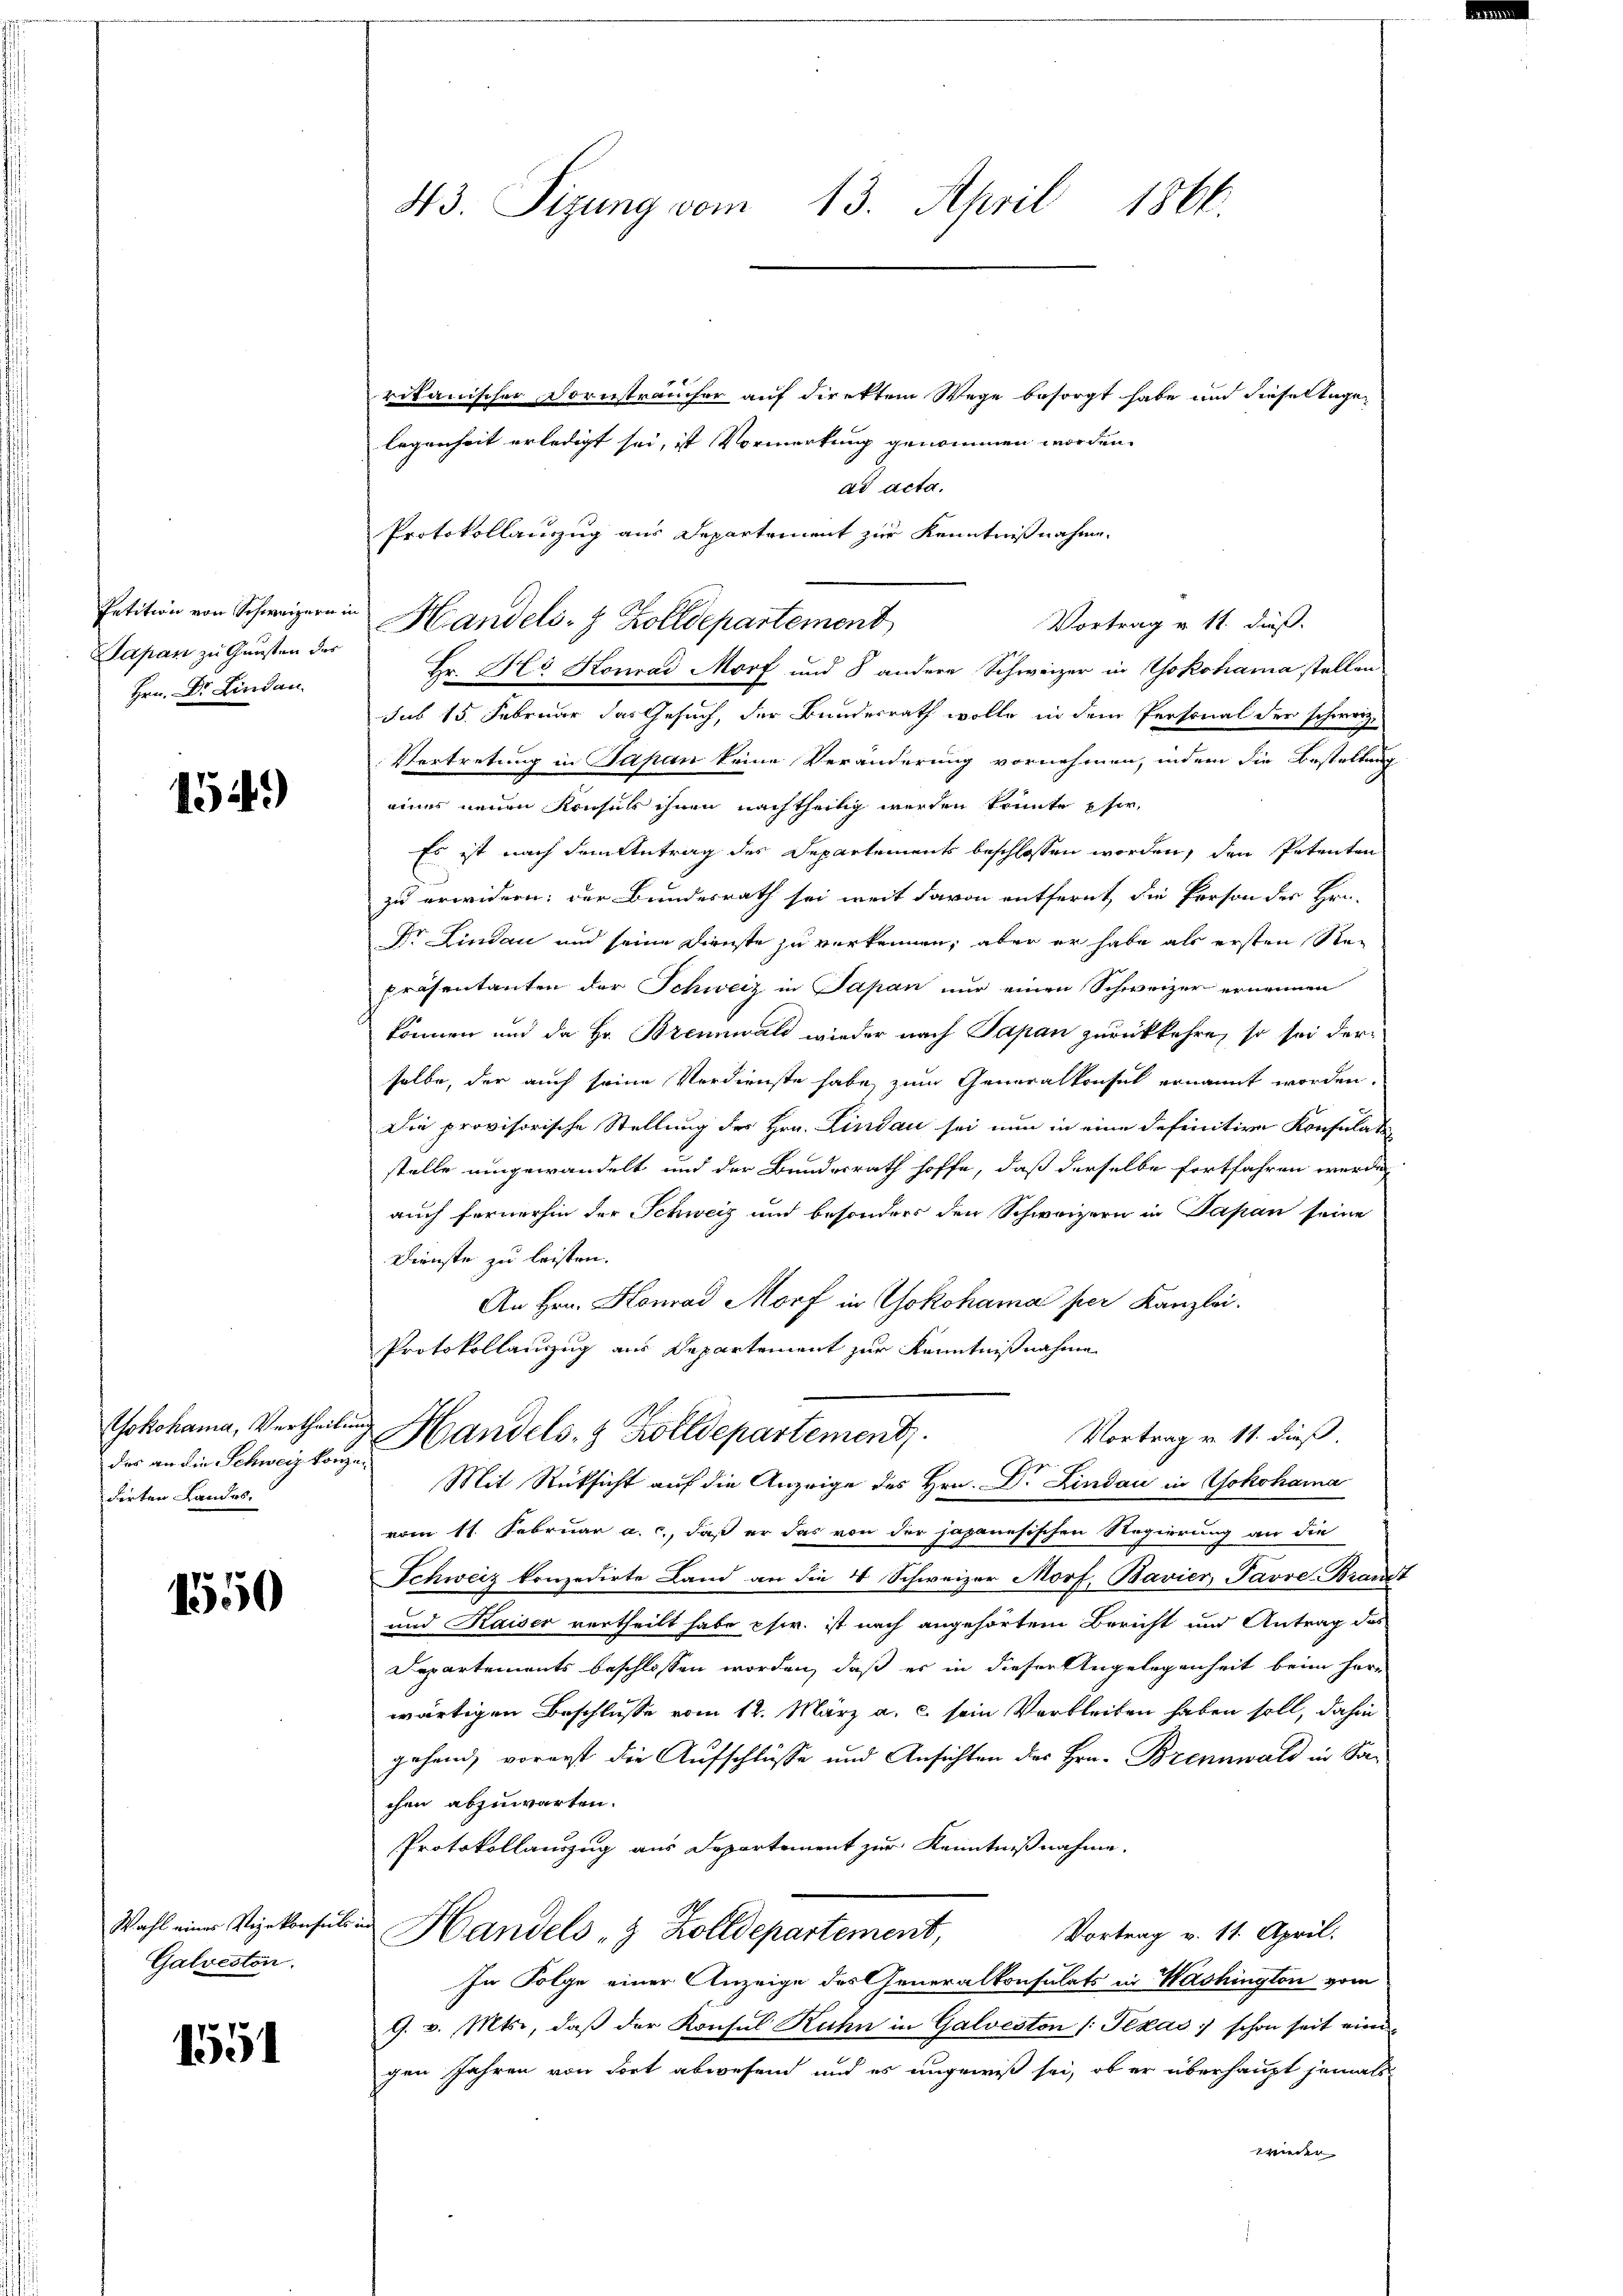
Petition von Schweizern in
apan zu Gunsten des
Hrn. Dr. Lindau

154)

Yokohama, Vertheile
des an die Schweiz konz
dirten Landes.

1550

Wahl eines Vizekonsuls.
Galveston.

1551

43. Sizung vom 13. April 1866.

rikanischer Kornsträucher auf direktem Wege besorgt habe und diesellige
legenheit erledigt sei, ist Vormerkung genommen worden.
ad acta.
Protokollauszug aus Departement zur Kenntnißnahme.
Handels- & Zolldepartement
Vortrag v. 11. dieß.
Hr. Hi Konrad Morf und 8 andere Schweizer in Yokohama stellen
sub 15. Februar das Gesuch, der Bundesrath wolle in dem Personal der schweiz.
Vertretung in Japan keine Veränderung vornehmen, indem die Bestellung
eines neuen Konsuls ihnen nachtheilig werden könnte pfer,
Es ist nach dem Antrag des Departements beschlossen worden, den Petenten
zu erwidern; der Bundesrath sei weit davon entfernt, die Person des Hrn.
Dr. Lindau und seine Dienste zu verkennen, aber er habe als ersten Re¬
Präsentanten der Schweiz in Sapan nur einen Schweizer ernennen
können und da Hr. Brennwald wieder nach Papan zurückkehre, so sei der-
selbe, der auch seine Verdienste habe, zum Generalkonsul ernannt worden.
Die provisorische Stellung des Hrn. Lindau sei nun in eine definitive Konsulati
stelle umgewandelt und der Bundesrath hoffe, daß derselbe fortfahren werde
auch fernerhin der Schweiz und besonders den Schweizern in Papan seine
Dienste zu leisten.
An Hrn. Konrad Morf in Yokohama per Kanzlei.
Protokollanzzug aus Departement zur Kenntnißnahme
u Handels- & Zolldepartement.
Vortrag v. 11. dieß.
i
Mit Rücksicht auf die Anzeige des Hrn. Dr. Lindau in Yokohama
vom 11. Februar a. c., daß er das von der japanesischen Regierung an die
Schweiz konzedirte Land an die 4 Schweizer Morf, Bavier Pavre-Branst
und Kaiser vertheilt habe cswr. ist nach angehörtem Bericht und Antrag das
Departements beschlossen worden, daß er in dieser Angelegenheit beim Her-
wärtigen Beschlüsse vom 12. März a. c. sein Verbleiben haben soll, dahin
gehend, vorerst die Aufschlüsse und Ansichten des Hrn. Brennwald in Sachen abzuwarten.
Protokollauszug aus Departement zur Kenntnißnahme.
wied
Vortrag v. 11. April.
Handels- & Zolldepartement,
In Folge einer Anzeige des Generalkonsulats in Washington vom
9. v. Mts., daβ der Konsul Kuhn in Galveston (Texas schon seit eine
gen Jahren von Fort abwesend und es ungewiß sei, ob er überhaupt jemals
wieder